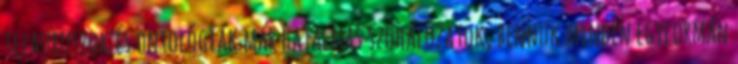
tezauruszok és ontológiák már hatalmas szóhálózatok, bennük minden egyformán